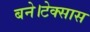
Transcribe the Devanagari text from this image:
बने।टेक्सास